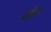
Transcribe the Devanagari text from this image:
ध्रोल